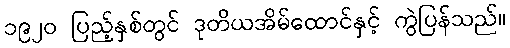
၁၉၂၀ ပြည့်နှစ်တွင် ဒုတိယအိမ်ထောင်နှင့် ကွဲပြန်သည်။